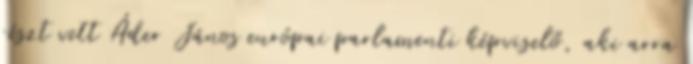
részt vett Áder János európai parlamenti képviselő, aki arra